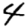
Digit: 4